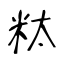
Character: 粏